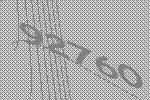
92760